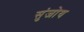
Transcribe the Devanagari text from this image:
सुंजोय